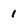
Character: 1